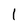
Character: 1